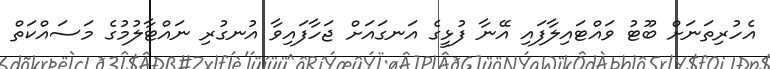
އެހުރިތަނަށް ބޫޓު ވައްޓައިލާފައި އޭނާ ފުޅީގެ އަނގައަށް ޖަހާފައިވާ އުނގުރި ނައްޓާލުމުގެ މަސައްކަތް